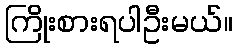
ကြိုးစားရပါဦးမယ်။